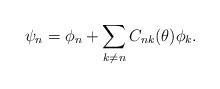
LaTeX: \begin{align*}\psi_{n}=\phi_{n}+ \sum_{k\neq n}C_{nk}(\theta)\phi_{k} .\end{align*}